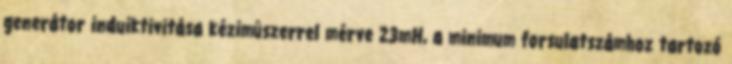
generátor induiktivitása kézimûszerrel mérve 23mH, a minimum forsulatszámhoz tartozó